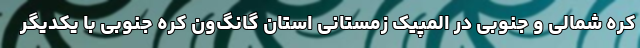
کره شمالی و جنوبی در المپیک زمستانی استان گانگ‌ون کره جنوبی با یکدیگر